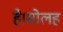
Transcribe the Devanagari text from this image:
है।सोलह